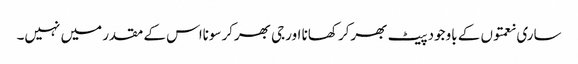
ساری نعمتوں کے باوجود پیٹ بھرکر کھانا اورجی بھرکرسونااس کے مقدر میں نہیں۔